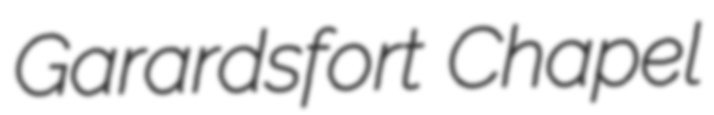
Garardsfort Chapel